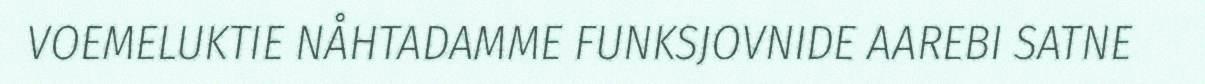
VOEMELUKTIE NÅHTADAMME FUNKSJOVNIDE AAREBI SATNE